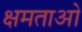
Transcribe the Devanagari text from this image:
क्षमताओ